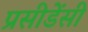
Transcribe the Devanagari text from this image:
प्रसीडेंसी